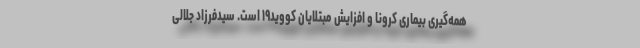
همه‌گیری بیماری کرونا و افزایش مبتلایان کووید۱۹ است. سیدفرزاد جلالی